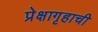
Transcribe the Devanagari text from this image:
प्रेक्षागृहाची